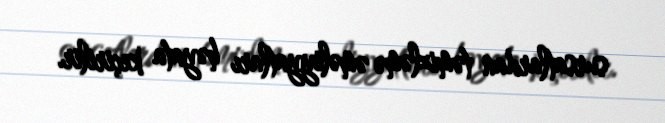
sursatlardan təmizləmə əməliyyatları həyata keçirilir.